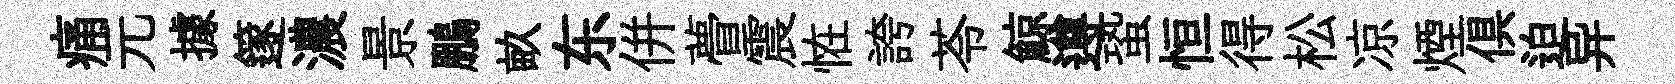
痛元據篴濃景鵬畝东併瞢震恠誇苓鯨遵蛩恒得松凉煙俱迫异